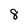
Character: 8